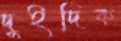
দুইদিক